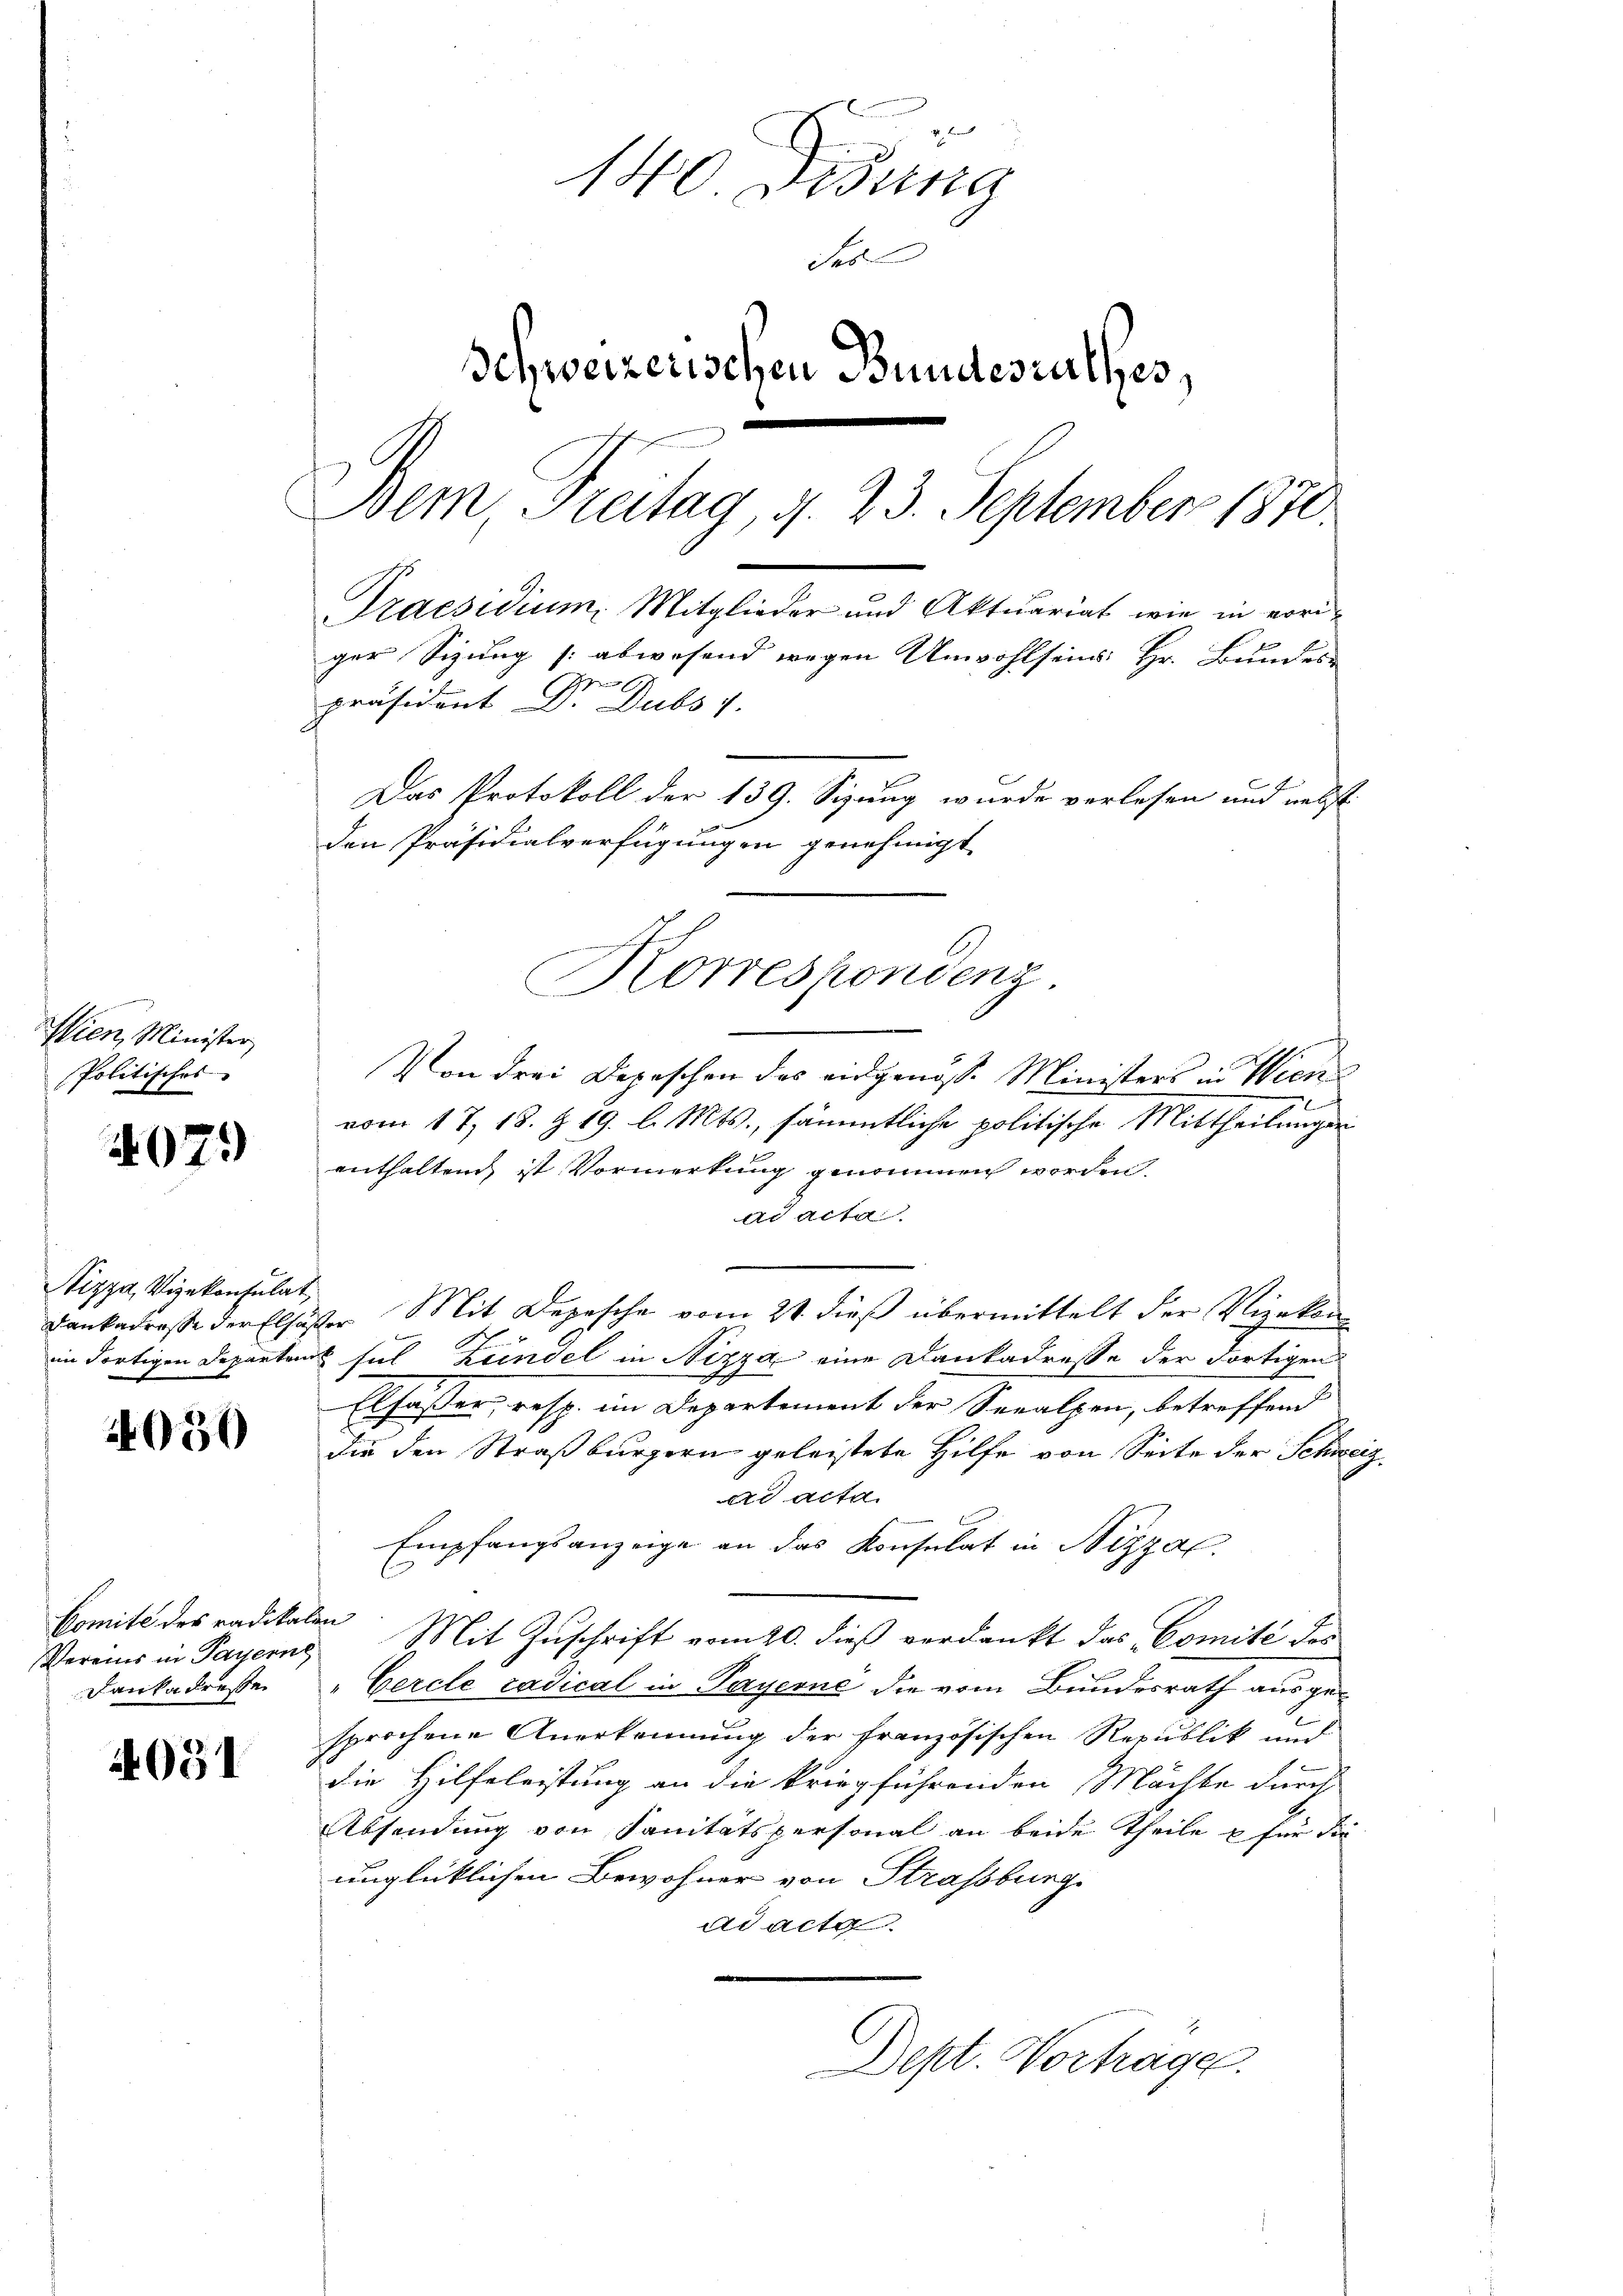
Wien, Minister
Politisches

407.

Nizza, Vizekonsulat,

4050

Comité des radikalen
Vereins in Payerne
Dankadresse

2051

v. Land
140. Disung
Sol
Schweizerischen Bundesrathes,
Bem, Freitag, d. 23. September 1810.
Praesidium, Mitglieder und Aktuariat wie in voriger Sitzung (: abwesend wegen Unwohlseins Hr. Bundes-
präsident Dr. Dubs 4.
Das Protokoll der 139. Sizung wurde verlesen und nebst
den Präsidialverfügungen genehmigt

Von drei Depeschen des eidgenösse Ministers in Wien
e
vom 17. 18. § 19. l. Mts., sämmtliche politische Mittheilungen
enthaltend ist Vormerkung genommen worden.
ad acta
Dankadresse der Elsässer Mit Depesche vom 21. dieß übermittelt der Vizekon
im dortigen Departens sel Leindel in Nizza eine Dankadresse der dortigen
Elfäßer, resp. im Departement der Seealpen, betreffend
die den Straßburgern geleistete Hilfe von Seite der Schweiz
erd acta
Empfangsanzeige an das Konsulat in Nizza
Mit Zuschrift vom 20. dieß verdankt das Comité des
"Cercle radical in Payerne die vom Bundesrath ausge-
sprochene Anerkennung der französischen Republik und
die Hilfeleistung an die kriegführenden Mächte durch
Absendung von Sanitätspersonal an beide Theile u für die
unglücklichen Bewohner von Strassburg.
adacta.
e
Dept. Vortrage.

Korrespondenz.